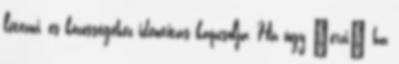
létezni, és közösségéhez identitás kapcsolja, Ha úgy „érzi” ha